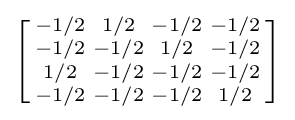
\left[{\begin{smallmatrix}-1/2&1/2&-1/2&-1/2\\-1/2&-1/2&1/2&-1/2\\1/2&-1/2&-1/2&-1/2\\-1/2&-1/2&-1/2&1/2\\\end{smallmatrix}}\right]